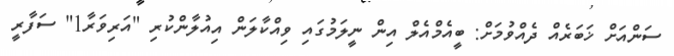
ސަންއަށް ޚަބަރެއް ދެއްވުމަށް: ބީއެމްއެލް އިން ނީލަމުގައި ވިއްކާލަން އިއުލާންކުރި "އަރިވަރާ1" ސަފާރީ